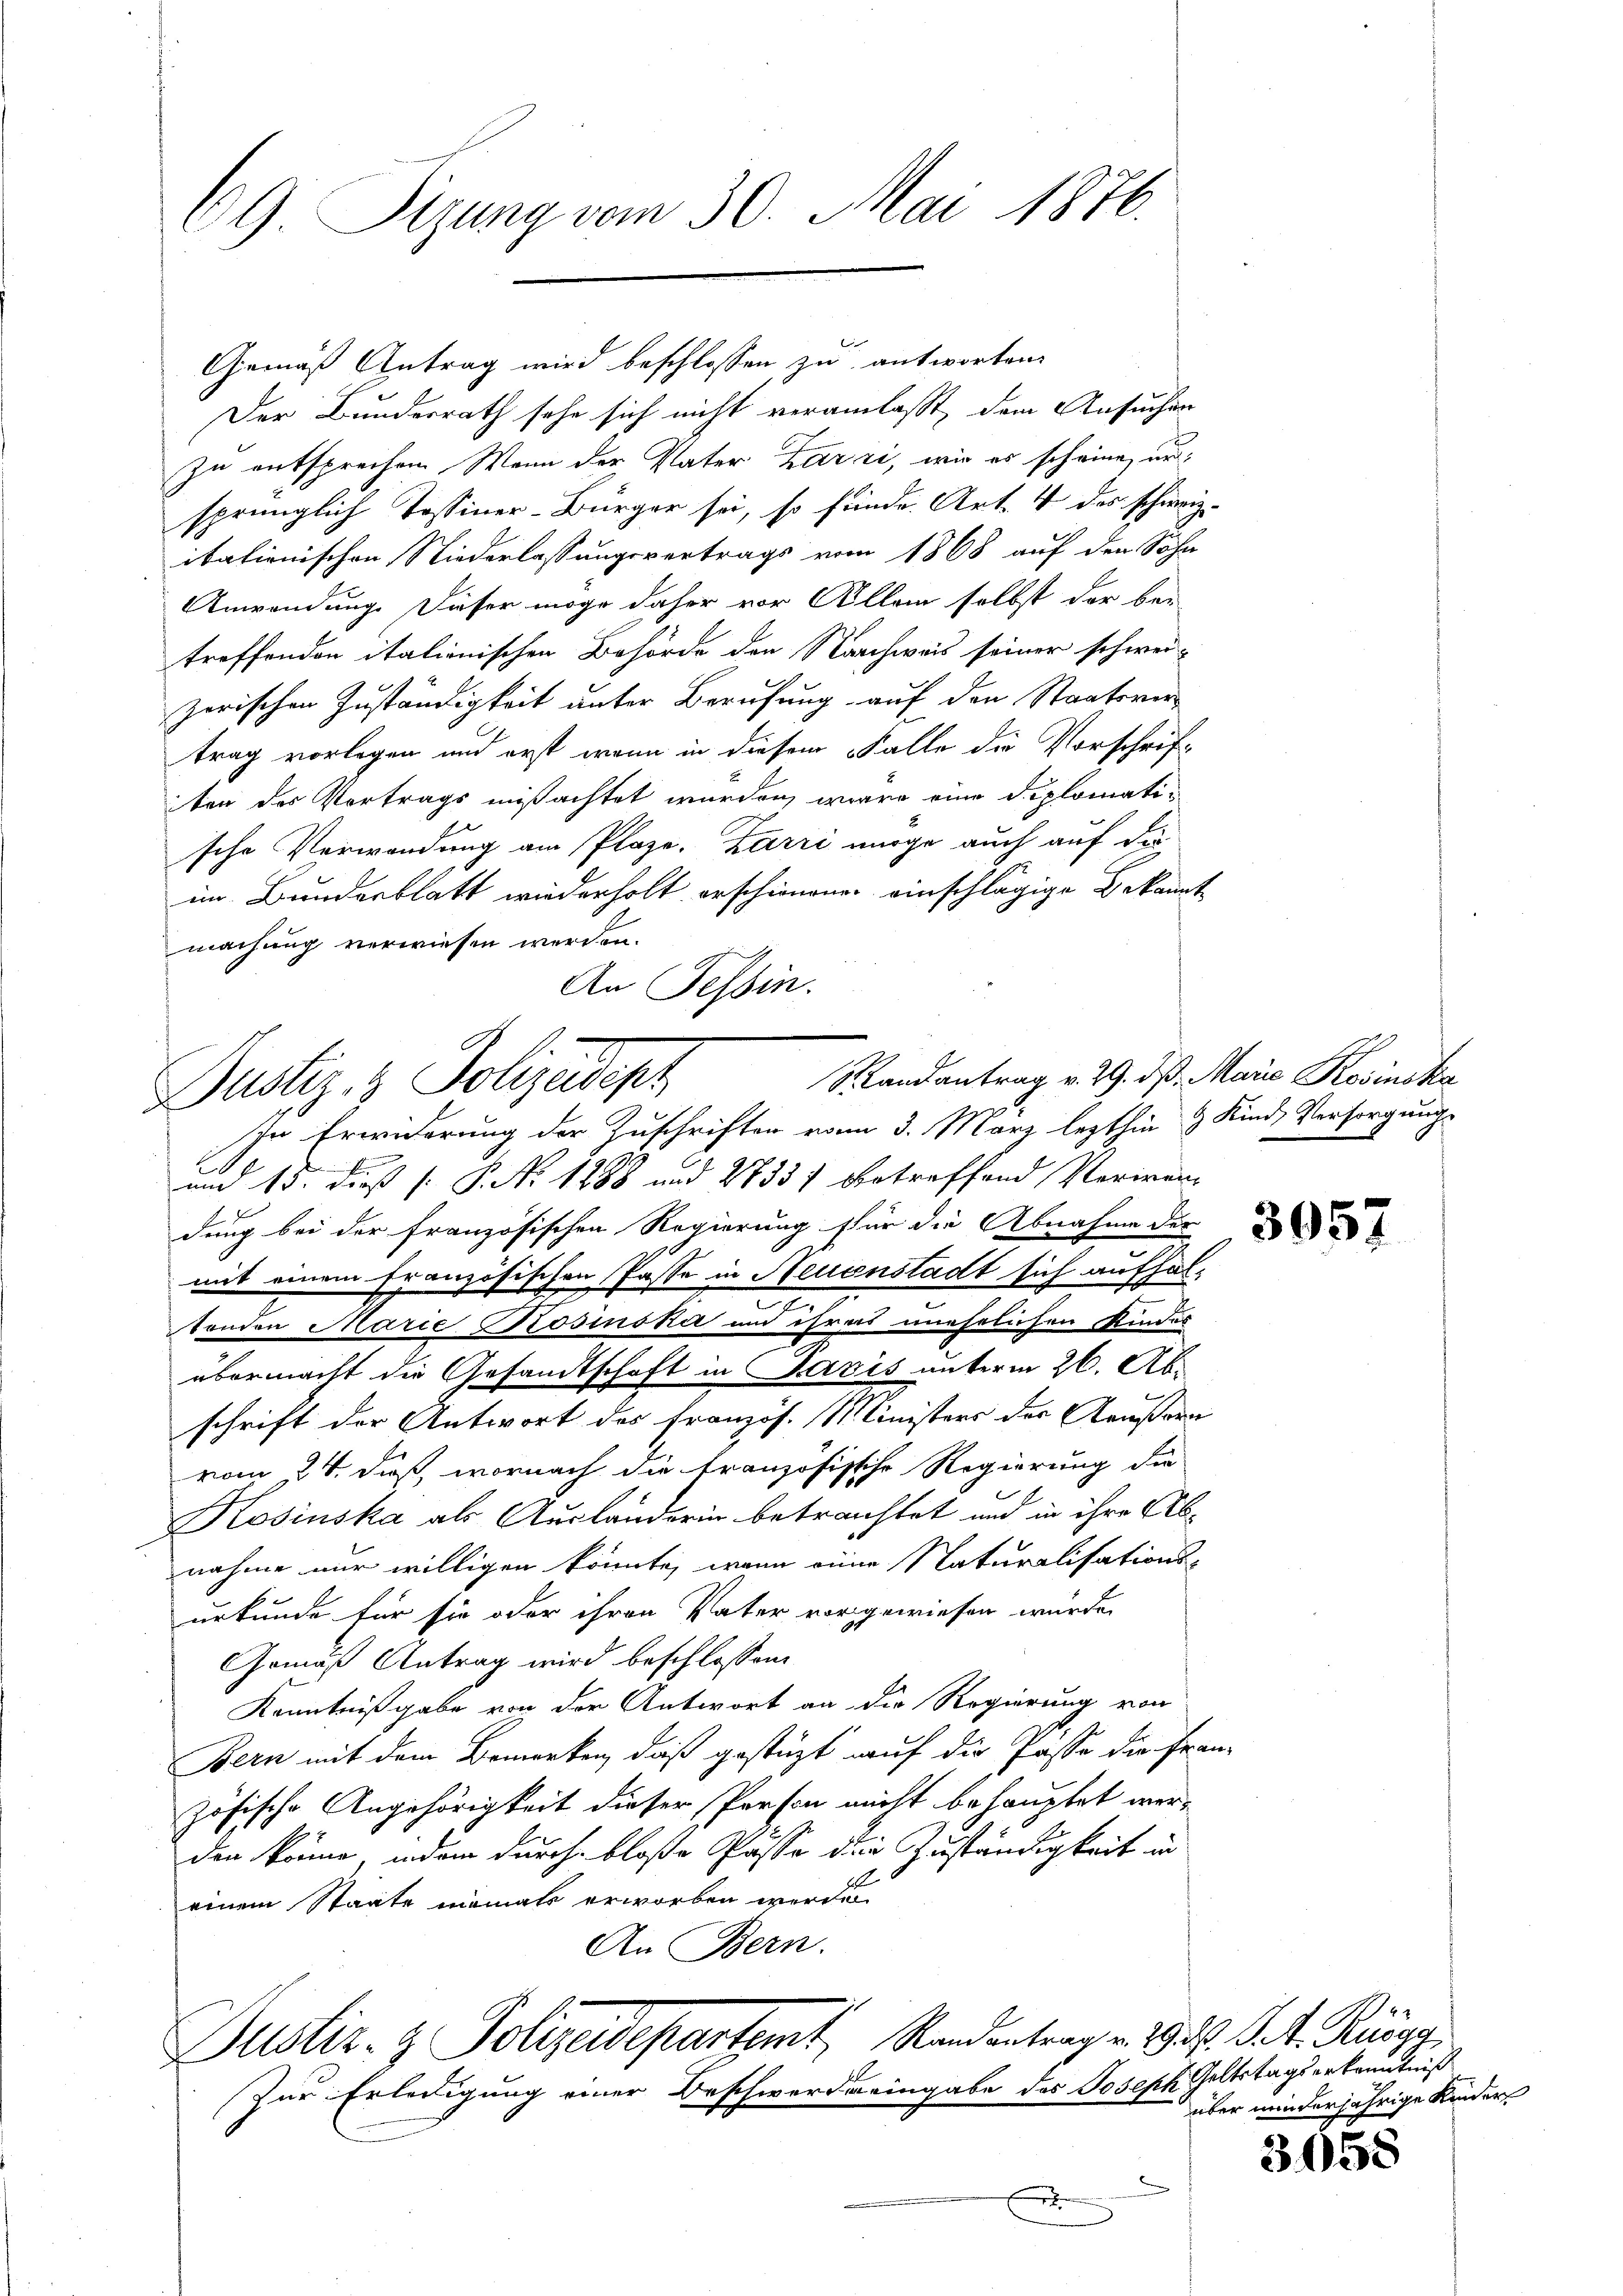
69 Sizung vom 30. Mai 1876.

Der Bundesrath sehe sich nicht veranlasst, dem Ansuchen
zu entsprechen. Wenn der Vater Karri, wie es scheine, und
sprünglich Tessiner-Bürger sei, so fände Art. 4 des schweiz.
ibationischen Niederlassungsvertrags vom 1868 auf den Sohn
Anwendung. Dieser möge daher vor Allem selbst der bei
treffenden italienischen Behörde den Nachweis seiner schweizerischen Zuständigkeit unter Berufung auf den Staatsvertrag vorlegen und erst wenn in diesem Falle die Vorschrif-
ten des Vertrags mißachtet wurden, wäre eine diplomatische Verwendung am Plaze, Barri möge auch auf die
im Bundesblatt wiederholt erschienenen einschlägige Bekannt
machung verwiesen werden.
An Tessin.

Gemäß Antrag wird beschlossen zu antworten

x
und 13. dieß P. Nr. 1888 und 2733) betreffend Veriren
dung bei der französischen Regierung für die Abnahme der
mit einem französischen Pässe in Neuenstadt sich aufhaltenden Marie Rosinsker und ihres unehelichen Kindes
übermacht die Gesandtschaft in Paris unterm 26. Ab
schrift der Antwort des Französ. Ministers der Aeußern
vom 24. daß, wornach die französische Regierung die
1
Kosinska als Ausländerin betrachtet und in ihre Ab-
nahme nur willigen könnte, wenn eine Naturalisations-
urkunde für sie oder ihren Vater vorgewiesen wurde.
Gemäß Antrag wird beschlossen:
Kenntnißgabe von der Antwort an die Regierung von
Bern mit dem Bemerken, daß gestüzt auf die Pässe die Französische Angehörigkeit dieser Person nicht behauptet werden könne, indem durch bloße Pässe den Zuständigkeit in
einem Staate niemals erworben werden
An Bern.

Randantrag v. 29. ds. Marie Kosinska
Dustiz- & Polizeidepr
In Erwiderung der Zuschriften vom 3. März lezthin & Kind, Versorgungs

Justiz- & Polizeidepartemt, Randentrag u. 19. d. d. Ringg

Zur Erledigung einer Beschwerde eingabe des Joseph Geltstagserkenntniß
f

3057

über minderjährige Kinder

3058